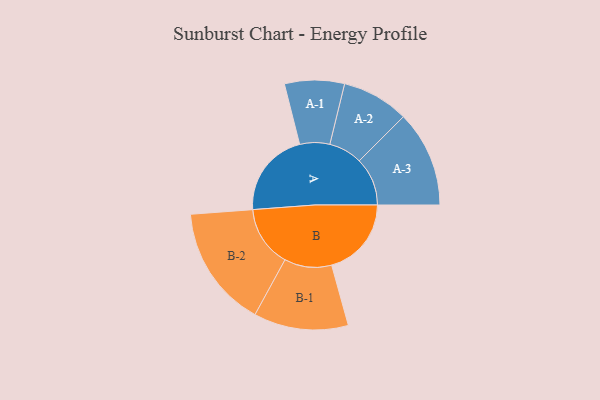
{"axis": {"x": "Segment", "y": "Value"}, "legend": ["", "A", "B"], "data": [{"x": "A", "y": 404, "type": ""}, {"x": "B", "y": 376, "type": ""}, {"x": "A-1", "y": 141, "type": "A"}, {"x": "A-2", "y": 158, "type": "A"}, {"x": "A-3", "y": 227, "type": "A"}, {"x": "B-1", "y": 223, "type": "B"}, {"x": "B-2", "y": 288, "type": "B"}]}